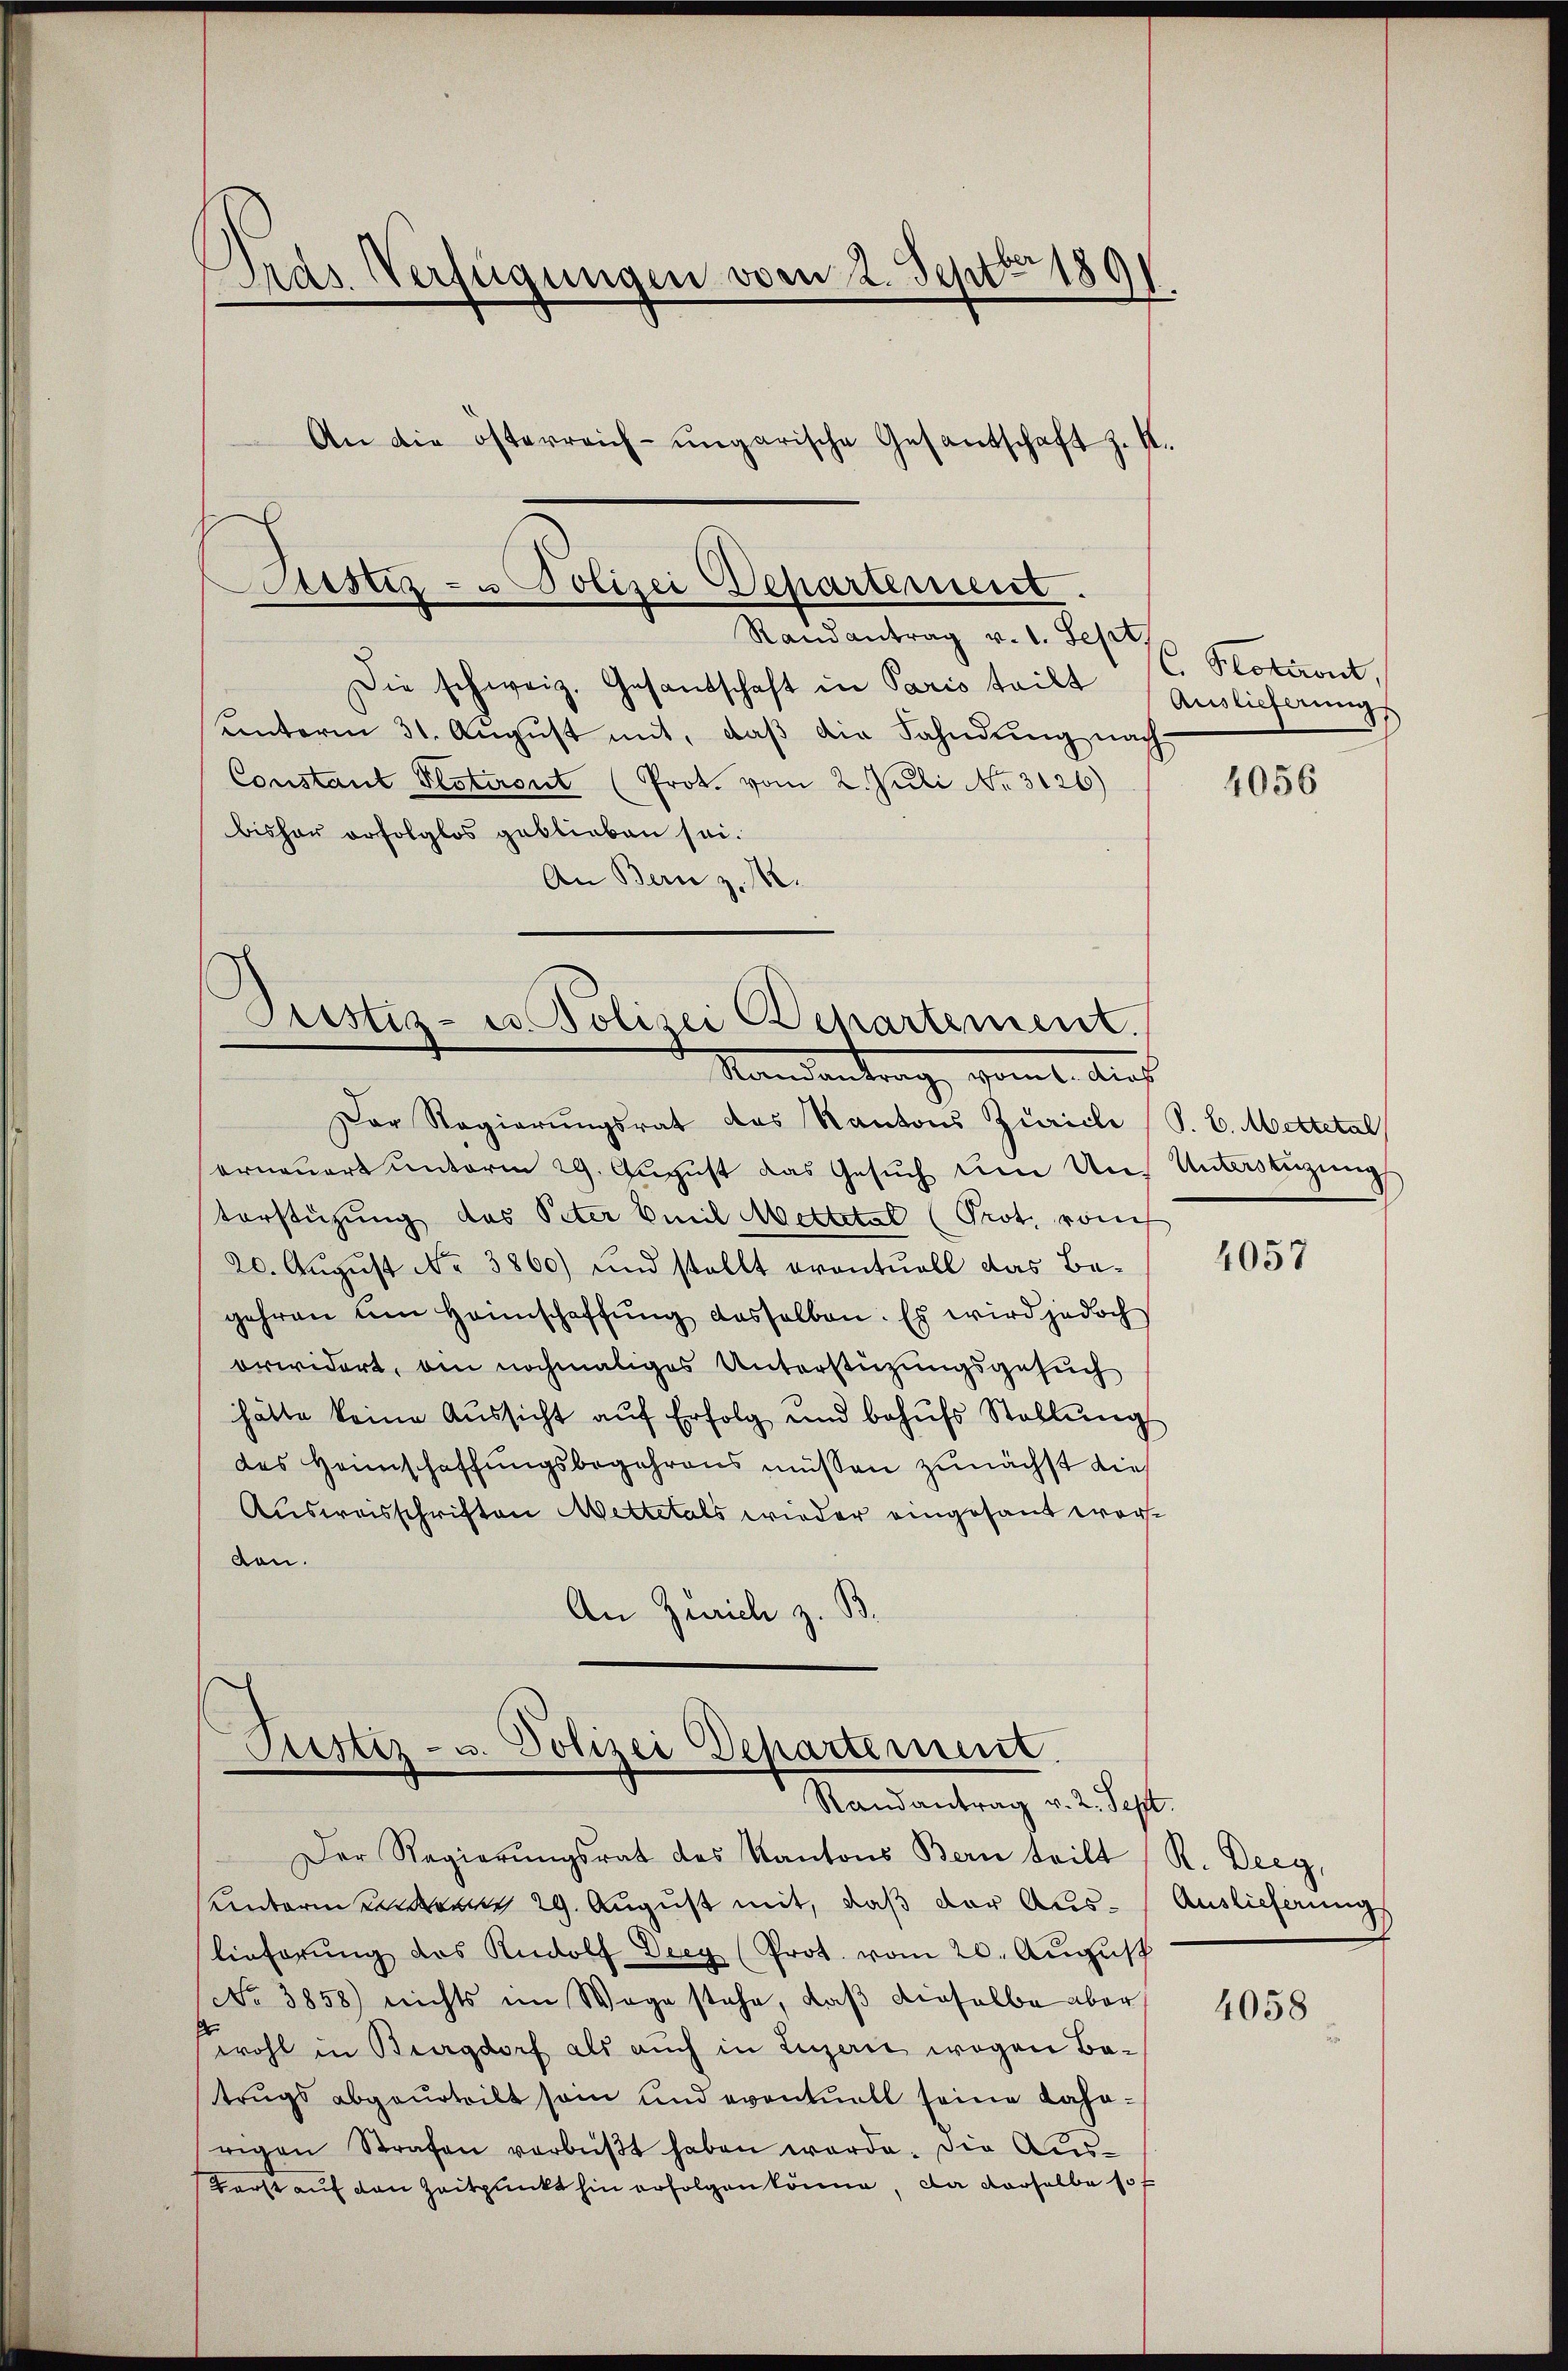
Dras Verfügungen vom 2. Sept. 1891
An die österreich-ungarische Gesantschaft z. K.

Ristiz- u Polizei Departement.
Randantrag v. 1. Sept

Die schweiz. Gesandschaft in Paris teilt
unterm 31. Aŭgŭst mit, daβ die Fahndung nach
Constant Plotirent (Prot. vom 2. Juli No 3126)
bisher erfolglos geblieben sei.
An Bern z. M.

Justiz- u. Polizei Departement.
Randantrag, womit Aus

Justiz- u. Polizei Departement.
Randantrag v. 2. Sept.

Der Regierŭngsrat des Kantons Bern teilt
Unterm anden 29. August mit, daß der Auslieferŭng des Rudolf Drey (Prot. vom 20. Aŭgŭst
No 3858) nichts im Wege stehe, daß dieselbe aber
wohl in Bregdorf als auch in Luzerne wegen Batrugs abgeurteilt sein und eventuell seine Kaharigen Strafen vorbüβt haben werde. Die Aŭs-
Berst auf von Zeitpunkt hin erfolgen könne, da derselbe sof

C. Stokeront,
Auslieferungs

Der Regierungsrat des Kantons Zürich (S. C. Mittelal
erneuert unterm 29. August das Gesŭch um Uns Unterstigung
torstützung des Peter Emil Mettetal (Prot. vom
20. August No. 3860) und stellt eventuell das Begehren am Heimschaffung dasselben. Es wird jedoch
erwidert, am nochmaliges Unterstüzungsgesuch
hätte keine Aŭssicht aŭf Erfolg und behŭfs Stellŭng
des Heimschaffungsbegehrens müssen zunächst die
Ausweisschriften Mettelals wieder eingesandt worden.
An Zürich z. B.

4056

4057

R. Derg,
Auslieferung

4058